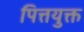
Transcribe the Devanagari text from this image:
पित्तयुक्त